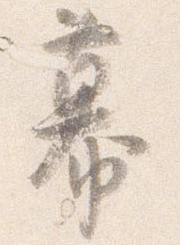
幕